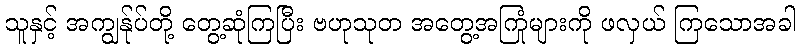
သူနှင့် အကျွန်ုပ်တို့ တွေ့ဆုံကြပြီး ဗဟုသုတ အတွေ့အကြုံများကို ဖလှယ် ကြသောအခါ